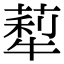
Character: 䔣